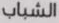
الشباب